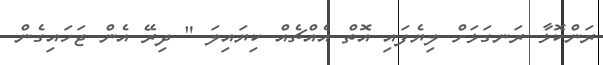
ރަންކޮޅާ ރަނގަޅަށް ލިޔެފައި އޮތް އެއްޗެއް ކިޔައިލަ " ދިރޭ އެން ޖަހައިގެން